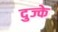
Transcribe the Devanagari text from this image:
दुज्के